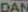
DAN